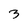
Character: 3